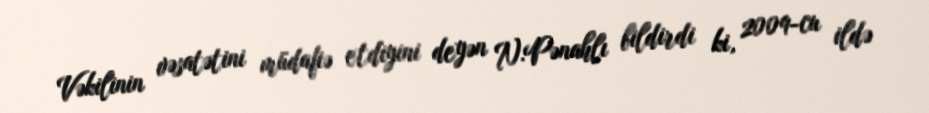
Vəkilinin vəsatətini müdafiə etdiyini deyən N.Pənahlı bildirdi ki, 2009-cu ildə